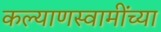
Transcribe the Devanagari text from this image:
कल्याणस्वामींच्या